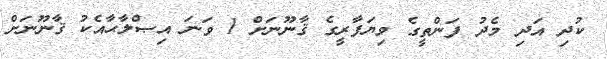
ކުދި އަދި މެދު ފަންތީގެ ވިޔަފާރީގެ ޤާނޫނަށް 1 ވަނަ އިޞްލާޙާއެކު ޤާނޫނަށް